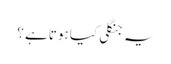
یہ جنگلی کیا ہوتا ہے ؟